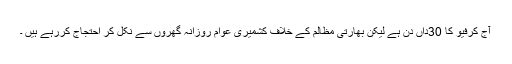
آج کرفیو کا 30داں دن ہے لیکن بھارتی مظالم کے خلاف کشمیری عوام روزانہ گھروں سے نکل کر احتجاج کررہے ہیں ۔